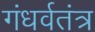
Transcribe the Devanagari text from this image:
गंधर्वतंत्र